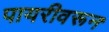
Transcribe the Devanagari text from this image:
पायरीवरून